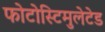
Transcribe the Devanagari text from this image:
फोटोस्टिमुलेटेड